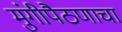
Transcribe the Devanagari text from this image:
मुंगीपैठणाचा